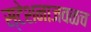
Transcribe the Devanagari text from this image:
स्टेशनाजवळच